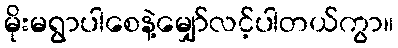
မိုးမရွာပါစေနဲ့မျှော်လင့်ပါတယ်ကွာ။